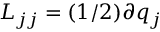
L _ { j j } = ( 1 / 2 ) \partial q _ { j }